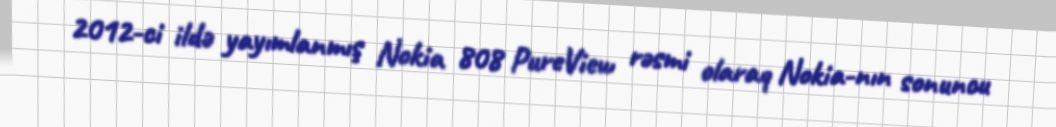
2012-ci ildə yayımlanmış Nokia 808 PureView rəsmi olaraq Nokia-nın sonuncu